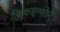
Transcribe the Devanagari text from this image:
क्रिकइन्फोने